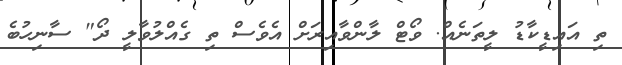
ތި އައިޑީކާޑު ލީތަނެއް. ވޯޓް ލާންވާއިރަށް އެވެސް ތި ގެއްލުވާލީ ދޯ" ސާނިހުބެ